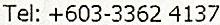
TEL: +603-3362 4137